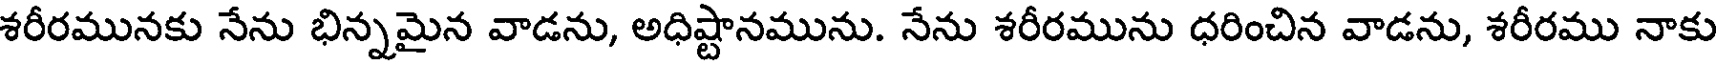
శరీరమునకు నేను భిన్నమైన వాడను, అధిష్టానమును. నేను శరీరమును ధరించిన వాడను, శరీరము నాకు